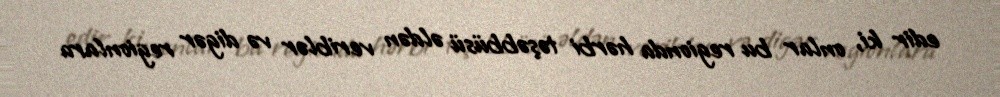
edir ki, onlar bu regionda hərbi təşəbbüsü əldən veriblər və digər regionlara